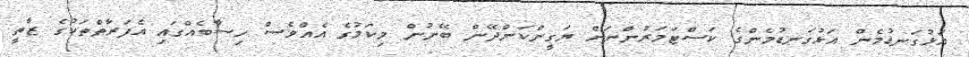
އަޅުގަނޑުމެން އަޅުގަނޑުމެންގެ ކަސްޓަމަރުންނަށް ޔަގީންކަންދޭން ބޭނުން މިކަމުގެ އެއްވެސް ހިސާބެއްގައި އެފަރާތްތަކުގެ ޒާތީ